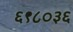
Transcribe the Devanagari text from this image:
६९८०३६